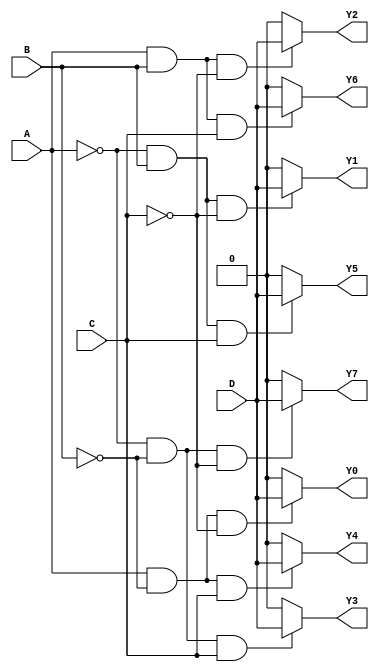
module Demux_1to8(
    input wire A, B, C, D,
    output reg Y0, Y1, Y2, Y3, Y4, Y5, Y6, Y7
);

always @ (A or B or C) begin
    Y0 = (A & ~B & ~C) ? D : 0;
    Y1 = (~A & B & ~C) ? D : 0;
    Y2 = (A & B & ~C) ? D : 0;
    Y3 = (~A & ~B & C) ? D : 0;
    Y4 = (A & ~B & C) ? D : 0;
    Y5 = (~A & B & C) ? D : 0;
    Y6 = (A & B & C) ? D : 0;
    Y7 = (~A & ~B & ~C) ? D : 0;
end

endmodule